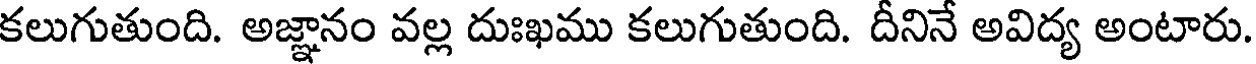
కలుగుతుంది. అజ్ఞానం వల్ల దుఃఖము కలుగుతుంది. దీనినే అవిద్య అంటారు.